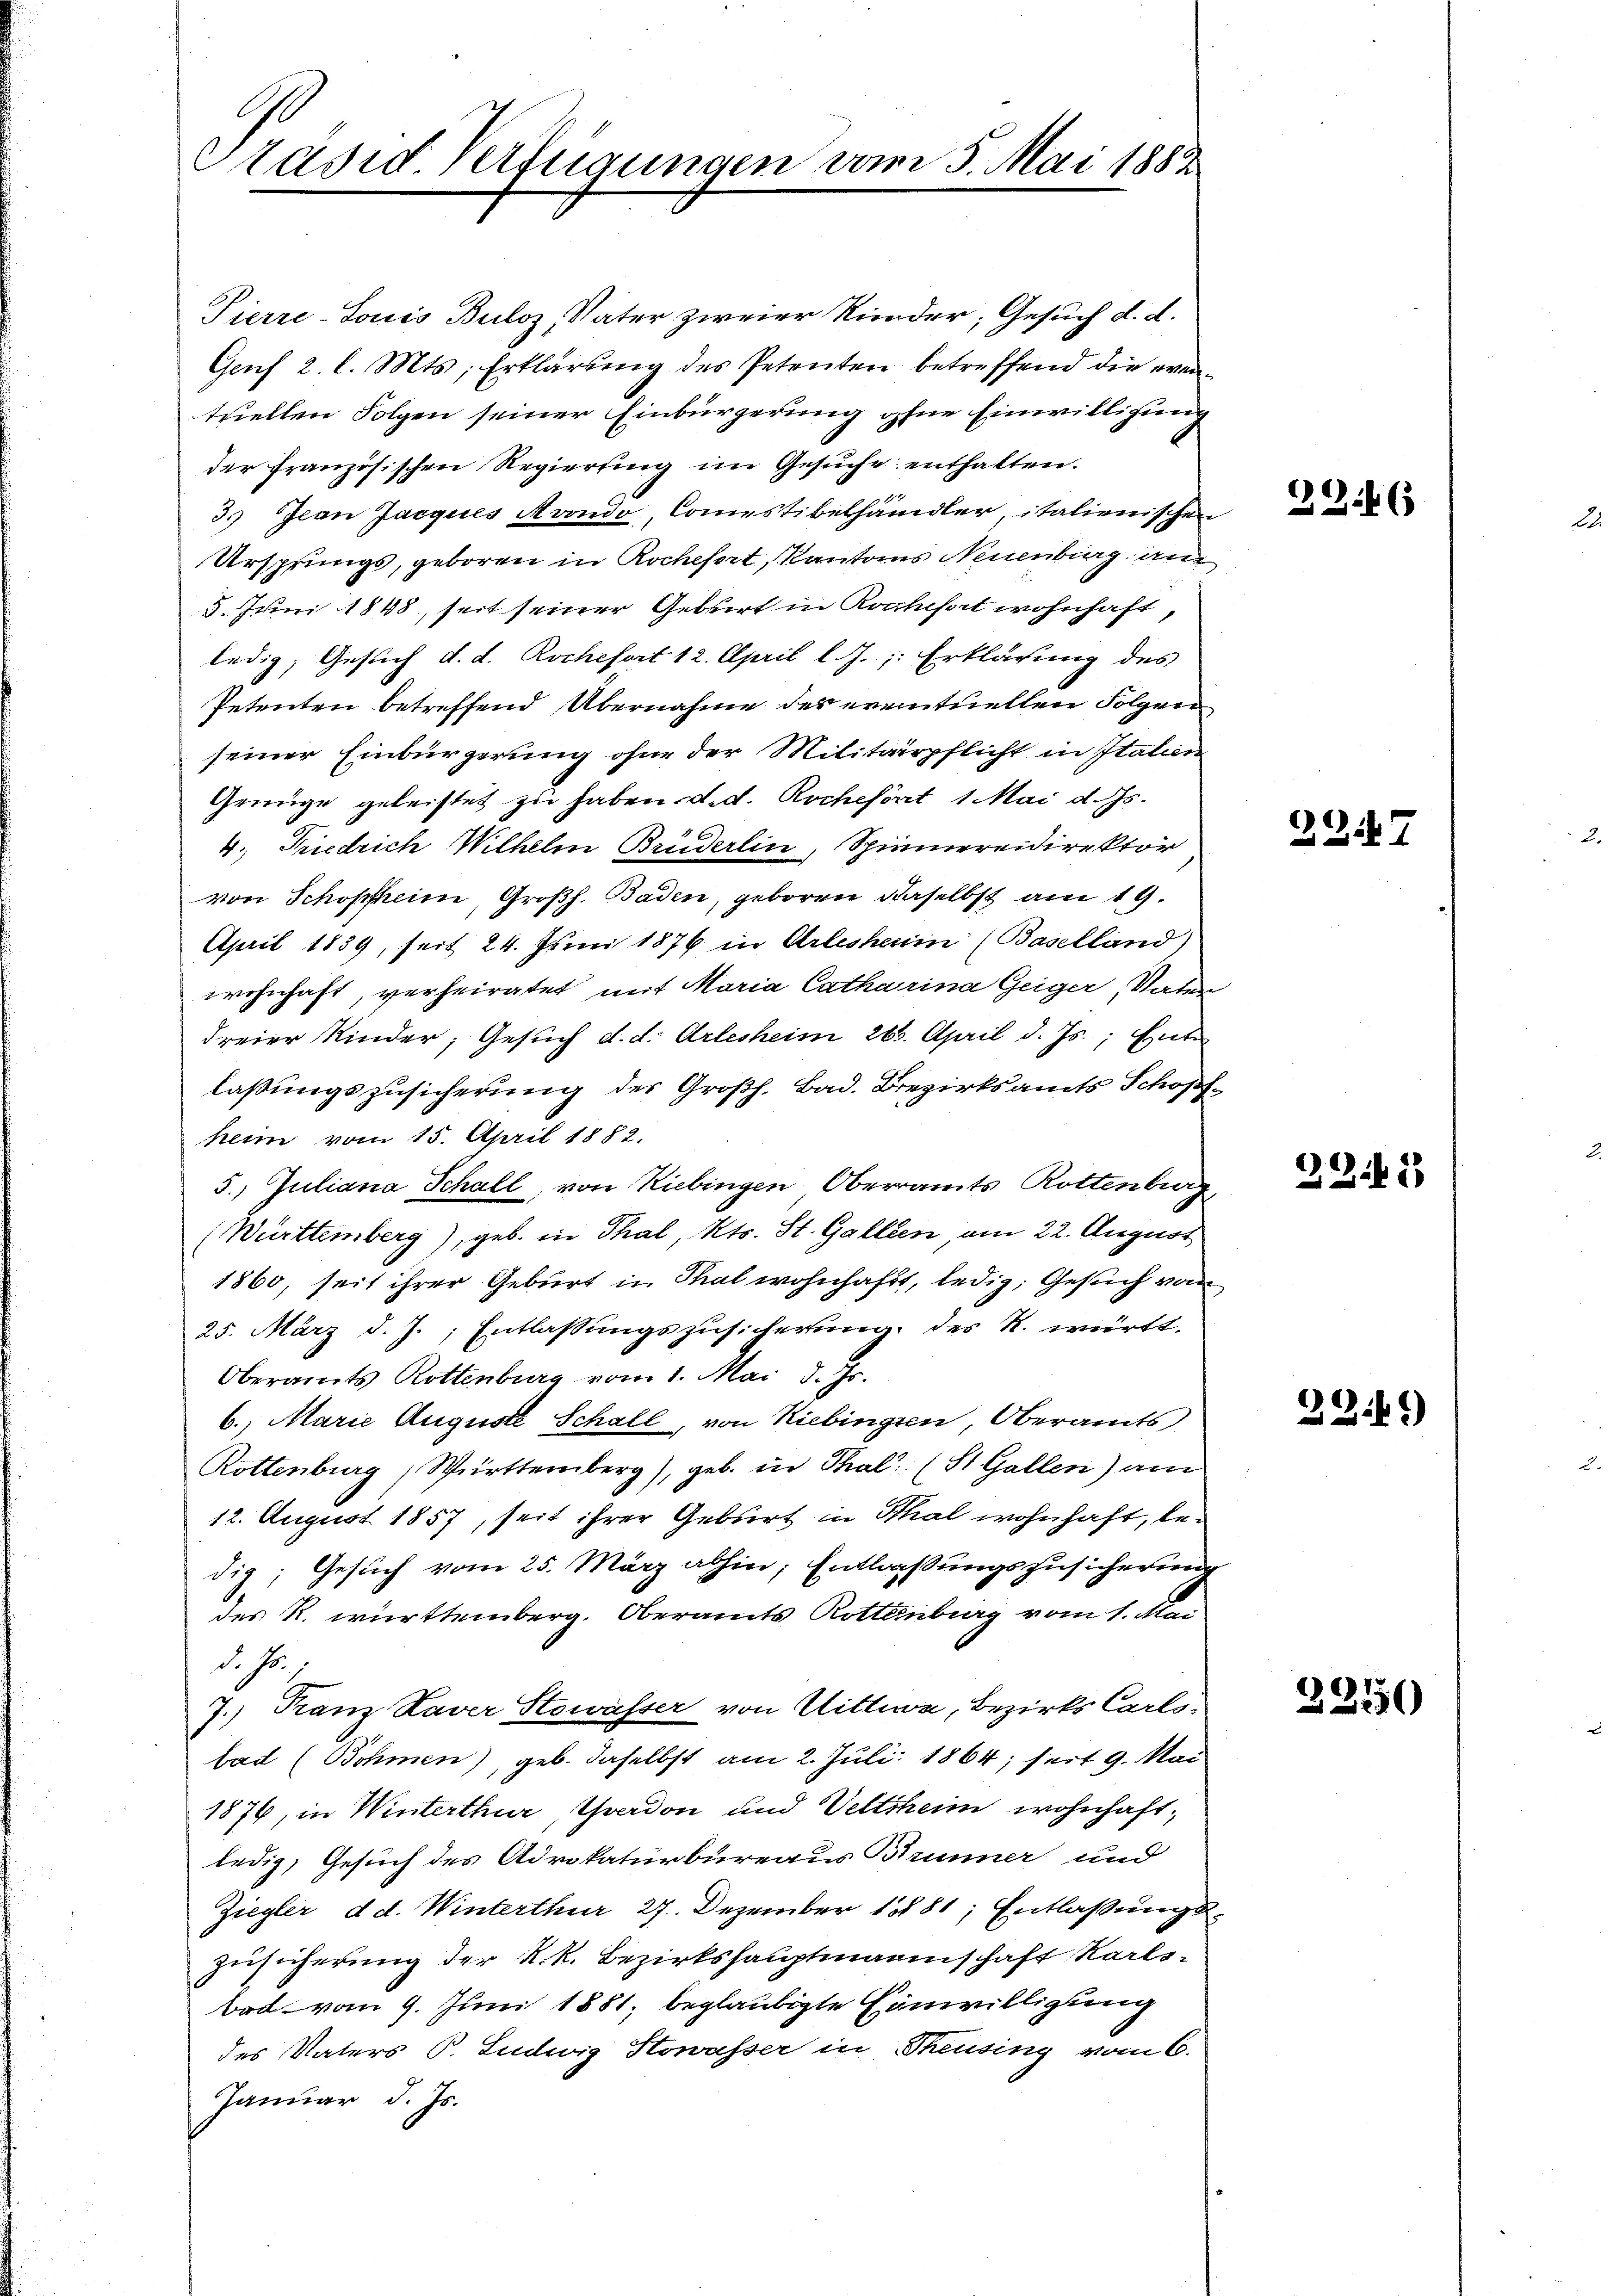
Präsid verfügungen vom 5. Mai 1882

Pierre-Jouis Buloz Väter zweier Kinder, Gesuch d. d.
Genf 2. l. Mts. Erklärung des Petenten betreffend die eventziellen Folgen seiner Einbürgerung ohne Einwilligung
der französischen Regierung im Gesŭche enthalten.
3.) Jean Jacques Avondo, Comestibelhändler, italienischen
Ursprungs, geboren in Rockesert, Kantons Neuenburg an
5. Juni 1848, seit seiner Geburt in Kalchart wohnhaft
ledig, Gesuch d. d. Rochefort 12. April l. J., Erklärung des
Petenten betreffend Übernahme des eventuellen Folgen
seiner Einbürgerung ohne der Militärpflicht in Italien
Genüge geleistet zu haben d.d. Rochehört 1 Mai d. Js.
4., Friedrich Wilhelm Bruderlin, Spinnereidirektor
von Schopfheim, Großh. Baden, geboren daselbst am 19.
April 1839, seit 24. Juni 1876 in Arlesheim (Baselland)
wohnhaft, verheiratet mit Maria Catharina Geiger, Vater
Freier Kinder, Gesuch d. d. Arlesheim 266. April d. Js., ent
laßungszusicherung des Großh. Bad. Bezirksamts Schopfheim vom 15. April 1882.
5. Juliana Schall, von Riebingen Oberramts Rottenberg,
(Württemberg), geb. in Thal, Kts. St. Gallen, am 22. August
1860, seit ihrer Geburt in Thal wohnhaft, ledig, Gesuch von
25. März d. J., Entlassŭngszusicherung des R. württ.
Oberamts Rottenburg vom 1. Mai d. Js.
6. Marie Auguste Schall, von Riebingen, Oberamts
Rottenburg, Württemberg), geb. in Thal (St. Gallen) am
12. August 1857, seit ihrer Geburt in Thal wohnhaft, ledig; Gesuch vom 25. März abhin, Entlaßungszusicherung
des R. württemberg. Oberamts Rotternburg vom 1. Mai
d. h.
7. Franz Xaver Stowasser von Wittwe, Bezirks Carlo-
tad (Böhmen), geb. daselbst am 2. Juli 1864; seit 9. Mai
1876, in Winterthur, Yverdon und Veltsheim wohnhaft,
ledig, Gesuch des Advokaturbureaus Brunner und
Ziegler d. d. Winterthur 27. Dezember 1881; Entlaßungs¬
Zusicherung der k.k. Bezirkshauptmannschaft Karlsbad vom 9. Juni 1881, beglaubigte Einwilligung
des Vaters P. Ludwig Stowasser in Theusing vom 6.
Januar d. Js.

39. 6

2247

2245

32.49)

32150